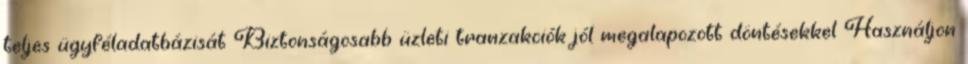
teljes ügyféladatbázisát Biztonságosabb üzleti tranzakciók jól megalapozott döntésekkel Használjon